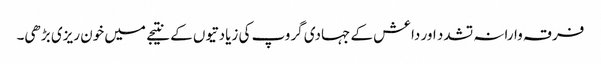
فرقہ وارانہ تشدد اور داعش کے جہادی گروپ کی زیادتیوں کے نتیجے میں خون ریزی بڑھی۔